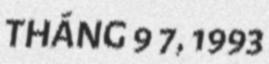
THÁNG 9 7, 1993